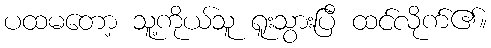
ပထမတော့ သူ့ကိုယ်သူ ရူးသွားပြီ ထင်လိုက်၏။